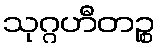
သုဂ္ဂဟီတဉ္စ